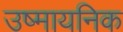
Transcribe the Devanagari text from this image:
उष्मायनिक